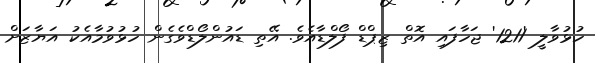
ހުޅުވާލީ '1211' ޖަހާފައި އޮތް ޒިޕްޑް ފޯލްޑާއެވެ. އޭތި ޑައުންލޯޑްވެގެން ހުޅުވުމާއެކު އަޔާޒަށް